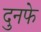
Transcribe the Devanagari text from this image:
दुनफे